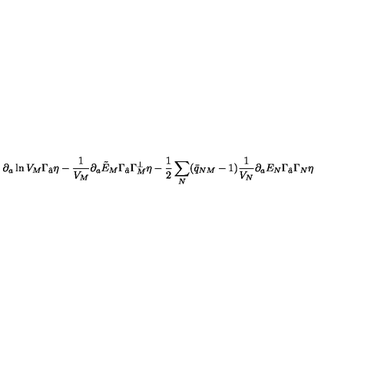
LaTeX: \partial _ { a } \ln V _ { M } \Gamma _ { \hat { a } } \eta - { \frac { 1 } { V _ { M } } } \partial _ { a } \tilde { E } _ { M } \Gamma _ { \hat { a } } \Gamma _ { M } ^ { \perp } \eta - { \frac { 1 } { 2 } } \sum _ { N } ( \bar { q } _ { N M } - 1 ) { \frac { 1 } { V _ { N } } } \partial _ { a } E _ { N } \Gamma _ { \hat { a } } \Gamma _ { N } \eta \qquad \qquad